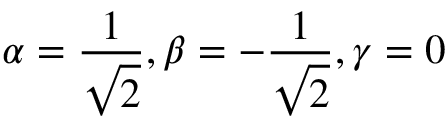
\alpha = \frac { 1 } { \sqrt { 2 } } , \beta = - \frac { 1 } { \sqrt { 2 } } , \gamma = 0